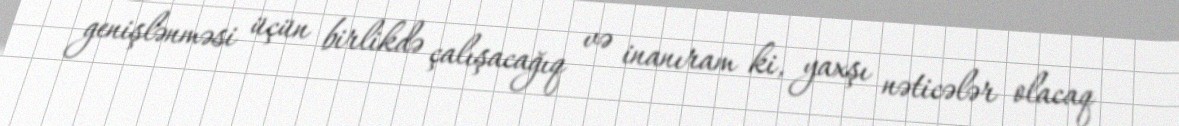
genişlənməsi üçün birlikdə çalışacağıq və inanıram ki, yaxşı nəticələr olacaq